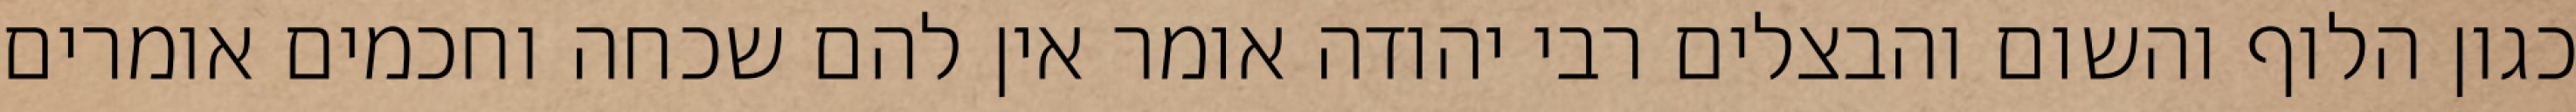
כגון הלוף והשום והבצלים רבי יהודה אומר אין להם שכחה וחכמים אומרים